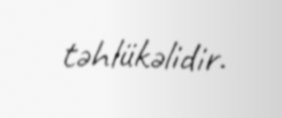
təhlükəlidir.